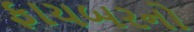
ફાયબરનો